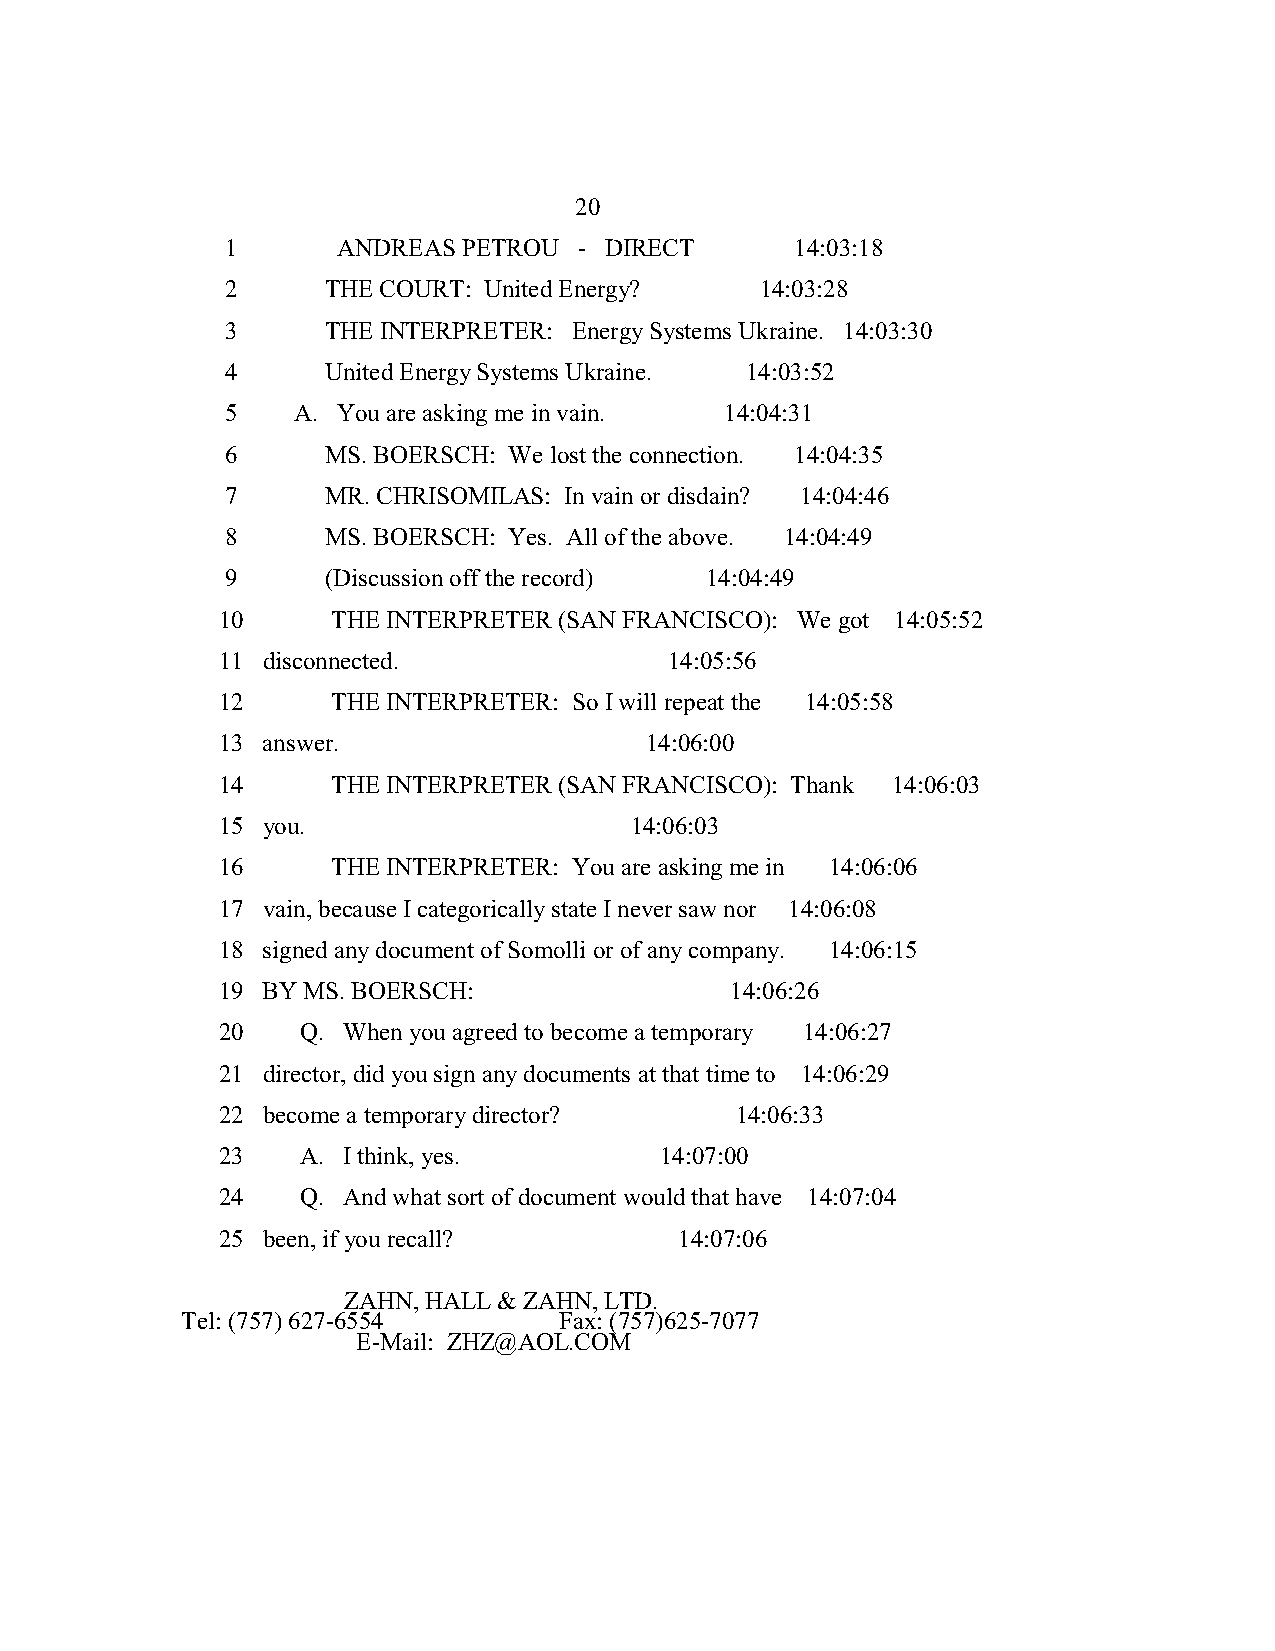
20
 1      ANDREAS  PETROU - DIRECT       14:03:18
 2      THE COURT: United Energy?   14:03:28
 3      THE INTERPRETER: Energy Systems Ukraine. 14:03:30
 4      United Energy Systems Ukraine. 14:03:52
 5   A. You are asking me in vain. 14:04:31
 6      MS. BOERSCH: We lost the connection. 14:04:35
 7      MR. CHRISOMILAS: In vain or disdain? 14:04:46
 8      MS. BOERSCH: Yes. All of the above. 14:04:49
 9      (Discussion off the record) 14:04:49
 10      THE INTERPRETER (SAN FRANCISCO): We got 14:05:52
 11 disconnected.              14:05:56
 12      THE INTERPRETER: So I will repeat the 14:05:58
 13 answer.                   14:06:00
 14      THE INTERPRETER (SAN FRANCISCO): Thank 14:06:03
 15 you.                     14:06:03
 16      THE INTERPRETER: You are asking me in 14:06:06
 17 vain, because I categorically state I never saw nor 14:06:08
 18 signed any document of Somolli or of any company. 14:06:15
 19 BY MS. BOERSCH:                14:06:26
 20    Q. When you agreed to become a temporary 14:06:27
 21 director, did you sign any documents at that time to 14:06:29
 22 become a temporary director?    14:06:33
 23    A. I think, yes.        14:07:00
 24    Q. And what sort of document would that have 14:07:04
 25 been, if you recall?        14:07:06
 ZAHN, HALL & ZAHN, LTD.
 Tel: (757) 627-6554      Fax: (757)625-7077
 E-Mail: ZHZ@AOL.COM